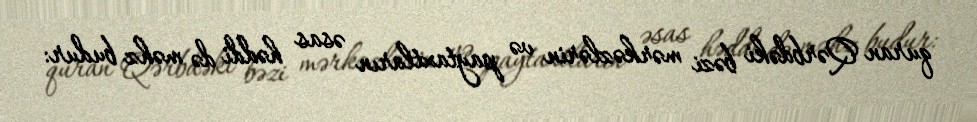
quran Qərbdəki bəzi mərkəzlərin və paytaxtların əsas həddi də məhz budur: